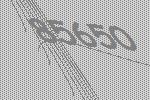
85650